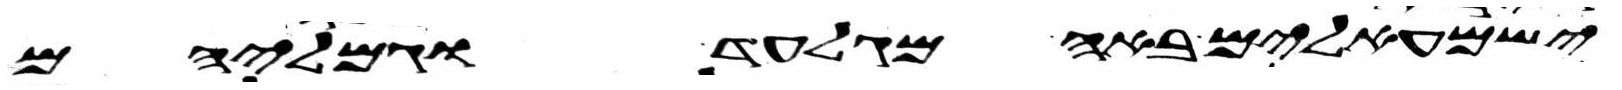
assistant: ישמעאלים באה מגלעד וגמליהם